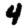
Digit: 4